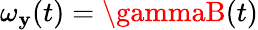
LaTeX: \omega_{\mathbf{y}}(t)=\gammaB(t)